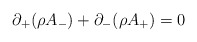
\begin{align*}\partial_+ (\rho A_-) + \partial_- (\rho A_+) = 0\end{align*}